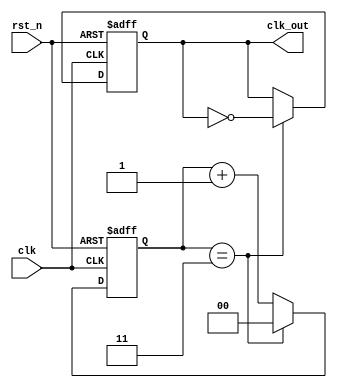
module frequency_divider_counter #(
    parameter DIV_FACTOR = 4  // Division factor (must be >= 1)
)(
    input wire clk,            // Input clock signal
    input wire rst_n,         // Asynchronous active-low reset signal
    output reg clk_out        // Output divided clock signal
);

    // Internal counter
    reg [$clog2(DIV_FACTOR)-1:0] counter; // Counter width based on DIV_FACTOR

    // Always block for counter and output clock generation
    always @(posedge clk or negedge rst_n) begin
        if (!rst_n) begin
            // Asynchronous reset
            counter <= 0;
            clk_out <= 0; // Initialize output clock to low
        end else begin
            if (counter == DIV_FACTOR - 1) begin
                // Toggle output clock and reset counter
                clk_out <= ~clk_out;
                counter <= 0;
            end else begin
                // Increment counter
                counter <= counter + 1;
            end
        end
    end

endmodule